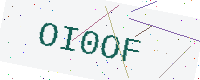
Text: OI0OF